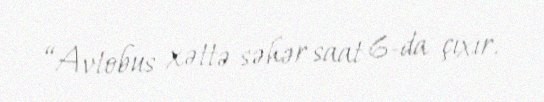
“Avtobus xəttə səhər saat 6-da çıxır.